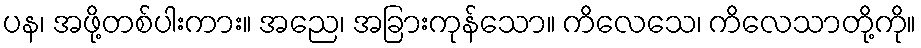
ပန၊ အဖို့တစ်ပါးကား။ အညေ၊ အခြားကုန်သော။ ကိလေသေ၊ ကိလေသာတို့ကို။